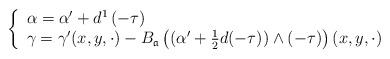
LaTeX: \begin{gather*}\left\{ \begin{array}{ll}\alpha=\alpha'+d^1\left( -\tau\right) \\\gamma=\gamma'(x,y,\cdot)-B_{\mathfrak a}\left( ( \alpha'+\frac{1}{2}d(-\tau)) \wedge (-\tau)\right)(x,y,\cdot)\end{array} \right.\end{gather*}